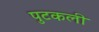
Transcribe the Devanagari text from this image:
पुटकली